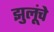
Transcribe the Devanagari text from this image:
झुलूंचे